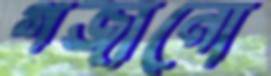
গজানো